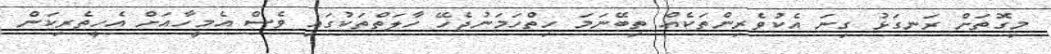
މިގޮތަށް ރަނގަޅު ގިނަ އެކުވެރިންތަކެއް ތިބޭނަމަ ހިތްހަމަނުޖެހޭ ހާލަތްތަކުގައި ވެސް އެމީހާއަށް އެހީތެރިކަން